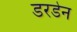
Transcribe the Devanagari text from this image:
डरडेन